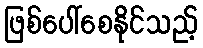
ဖြစ်ပေါ်စေနိုင်သည့်